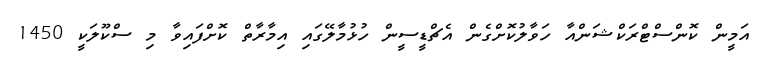
އަމީން ކޮންސްޓްރަކްޝަންއާ ހަވާލުކޮށްގެން އެޗްޑީސީން ހުޅުމާލޭގައި އިމާރާތް ކޮށްފައިވާ މި ސްކޫލަކީ 1450